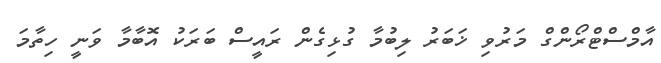
އާމްސްޓްރޯންގް މަރުވި ޚަބަރު ލިބުމާ ގުޅިގެން ރައީސް ބަރަކު އޮބާމާ ވަނީ ހިތާމަ